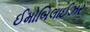
ઈમોબિલાઈઝર